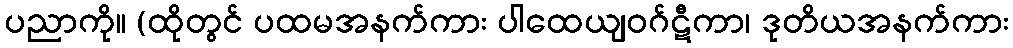
ပညာကို။ (ထိုတွင် ပထမအနက်ကား ပါထေယျဝဂ်ဋီကာ၊ ဒုတိယအနက်ကား